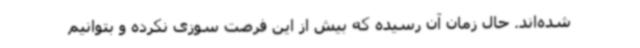
شده‌اند. حال زمان آن رسیده که بیش از این فرصت سوزی نکرده و بتوانیم